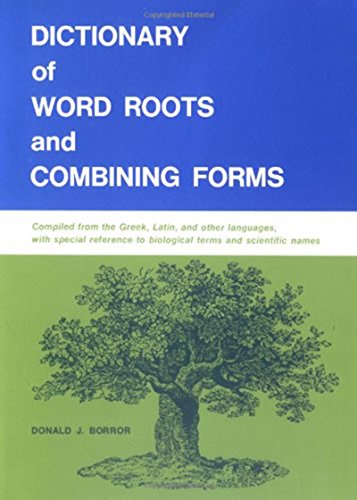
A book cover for Dictionary of Word Roots and Combining Forms; Donald J. Borror; Reference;